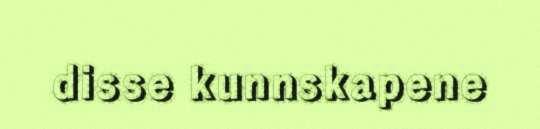
disse kunnskapene